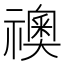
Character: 𥜌